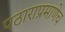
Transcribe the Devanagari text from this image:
पठाराप्रमाणेच